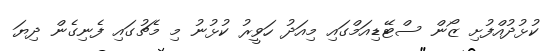
ކުޅުދުއްފުށި ޒޯން ސްޓޭޑިއަމްގައި މިއަދު ހަވީރު ކުޅުނު މި މެޗުގައި ފެނިގެން ދިޔަ